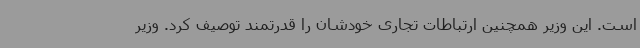
است. این وزیر همچنین ارتباطات تجاری خودشان را قدرتمند توصیف کرد. وزیر